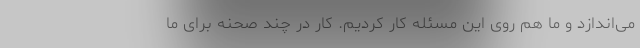
می‌اندازد و ما هم روی این مسئله کار کردیم. کار در چند صحنه برای ما